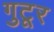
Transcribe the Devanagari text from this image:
गुटूर